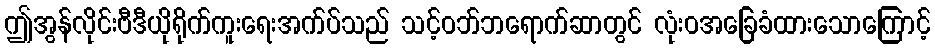
ဤအွန်လိုင်းဗီဒီယိုရိုက်ကူးရေးအက်ပ်သည် သင့်ဝဘ်ဘရောက်ဆာတွင် လုံးဝအခြေခံထားသောကြောင့်